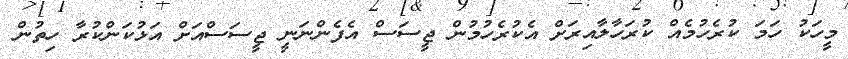
މީހަކު ހަމަ ކުރެހުމެއް ކުރަހާލާއިރަށް އެކުރެހުމުން ޖީސަސް އެފެންނަނީ ޖީސަސްއަށް އަޅުކަންކުރާ ހިތުން